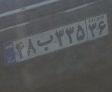
۴۸ب۳۳۵۳۶